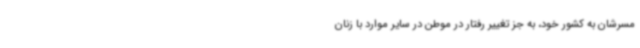
مسرشان به کشور خود، به جز تغییر رفتار در موطن در سایر موارد با زنان